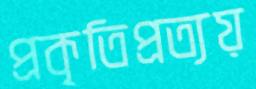
প্রকৃতিপ্রত্যয়